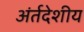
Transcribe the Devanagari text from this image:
अंर्तदेशीय